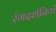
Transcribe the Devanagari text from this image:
रंगदर्शनियों